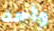
واحد